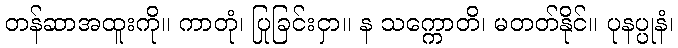
တန်ဆာအထူးကို။ ကာတုံ၊ ပြုခြင်းငှာ။ န သက္ကောတိ၊ မတတ်နိုင်။ ပုနပ္ပုနံ၊